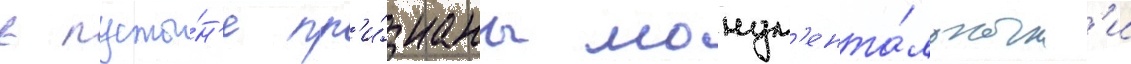
в пусты́н'е пр'и́знаны монум'ента́льным'и